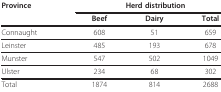
<table><thead><tr><td><b>Province</b></td><td colspan="3"><b>Herd distribution</b></td></tr><tr><td></td><td><b>Beef</b></td><td><b>Dairy</b></td><td><b>Total</b></td></tr></thead><tbody><tr><td>Connaught</td><td>608</td><td>51</td><td>659</td></tr><tr><td>Leinster</td><td>485</td><td>193</td><td>678</td></tr><tr><td>Munster</td><td>547</td><td>502</td><td>1049</td></tr><tr><td>Ulster</td><td>234</td><td>68</td><td>302</td></tr><tr><td>Total</td><td>1874</td><td>814</td><td>2688</td></tr></tbody></table>